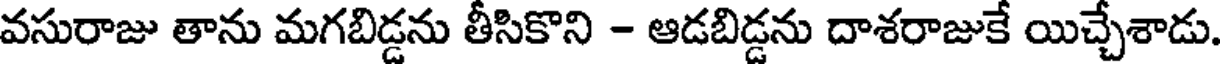
వసురాజు తాను మగబిడ్డను తీసికొని - ఆడబిడ్డను దాశరాజుకే యిచ్చేశాడు.